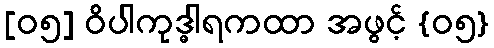
[၀၅] ဝိပါကုဒ္ဓါရကထာ အဖွင့် {၀၅}